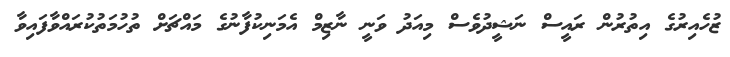
ޒުހެއިރުގެ އިތުރުން ރައީސް ނަޝީދުވެސް މިއަދު ވަނީ ނާޒިމް އެމަނިކުފާނުގެ މައްޗަށް ތުހުމަތުކުރައްވާފައިވާ